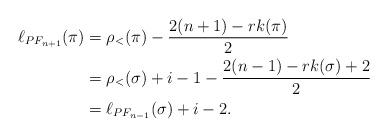
LaTeX: \begin{align*}\ell_{PF_{n+1}}(\pi) &=\rho_<(\pi)-\frac{2(n+1)-rk(\pi)}{2} \\&=\rho_<(\sigma)+i-1-\frac{2(n-1)-rk(\sigma)+2}{2} \\&=\ell_{PF_{n-1}}(\sigma)+i-2. \end{align*}